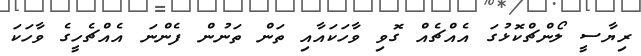
ރިޔާސީ ލޯންޗްކޮޅުގަ އެއްޗެއް ގޮވި ވާހަކައާއި ތަން ތަނުން ފެންނަ އެއްޗެހީގެ ވާހަކަ